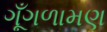
ગૂઁગળામણ